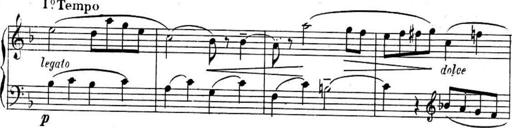
Title: Sonatines
Composer: Hedwige ChrÃ©tien